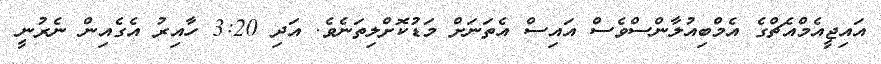
އައިޖީއެމްއެޗްގެ އެމްބިއުލާންސްވެސް އައިސް އެތަނަށް މަޑުކޮށްލިތަނެވެ. އަދި 3:20 ހާއިރު އެގެއިން ނެރުނީ